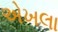
એખલા